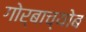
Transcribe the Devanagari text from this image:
गोर्बाच्योब